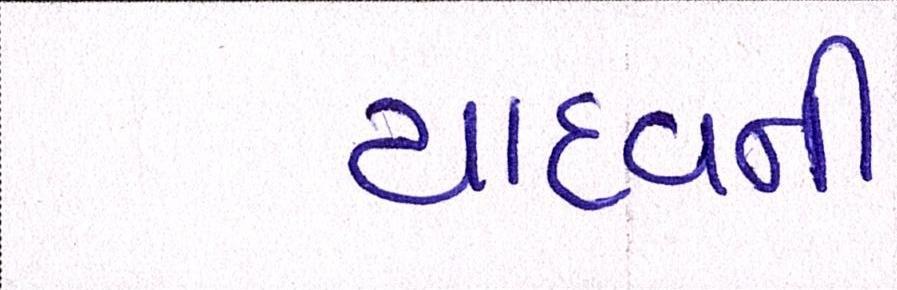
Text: યાદવની